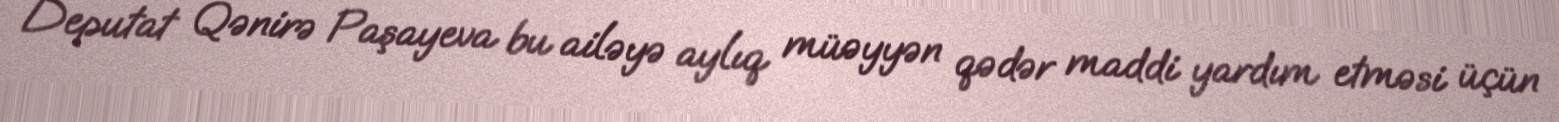
Deputat Qənirə Paşayeva bu ailəyə aylıq müəyyən qədər maddi yardım etməsi üçün